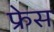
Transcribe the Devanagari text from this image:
फ्रेस